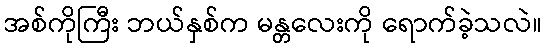
အစ်ကိုကြီး ဘယ်နှစ်က မန္တလေးကို ရောက်ခဲ့သလဲ။